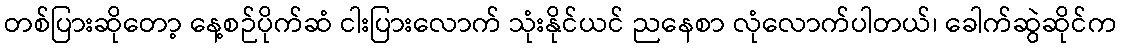
တစ်ပြားဆိုတော့ နေ့စဉ်ပိုက်ဆံ ငါးပြားလောက် သုံးနိုင်ယင် ညနေစာ လုံလောက်ပါတယ်၊ ခေါက်ဆွဲဆိုင်က